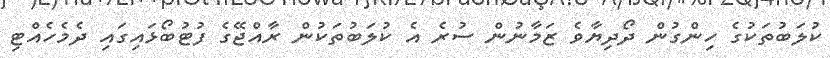
ކުލަބުތަކުގެ ހިންގުން ދޯދިޔާވެ ޒަމާނުން ސުރެ އެ ކުލަބުތަކުން ރާއްޖޭގެ ފުޓުބޯޅައިގައި ދެމެހެއްޓި